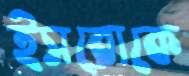
ইসরোকে